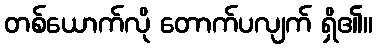
တစ်ယောက်လို တောက်ပလျက် ရှိ၏။